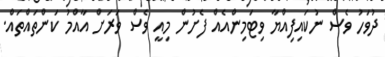
ދުވަހު ވެސް ނުކައިފިއްޔާ ވިޓަމިންއެއް ފެށުން މިއީ ވެސް ވަރަށް އާއްމު ކަންތައްތައް.